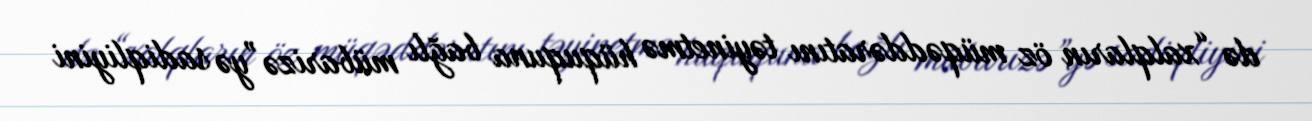
də “xalqların öz müqəddəratını təyinetmə hüququna bağlı mübarizə”yə sadiqliyini